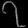
Digit: ၇